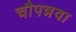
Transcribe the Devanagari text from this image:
चौपन्नवा